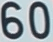
60